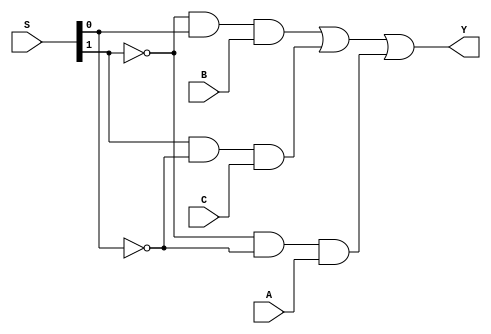
module MUX3(
	A,
	B,
	C,
	S,
	Y
);


input wire	A;
input wire	B;
input wire	C;
input wire	[1:0] S;
output wire	Y;

wire	A00;
wire	B01;
wire	C10;
wire	notS0;
wire	notS1;




assign	A00 = notS1 & notS0 & A;

assign	B01 = notS1 & S[0] & B;

assign	notS1 =  ~S[1];

assign	C10 = S[1] & notS0 & C;

assign	notS0 =  ~S[0];

assign	Y = B01 | C10 | A00;


endmodule